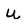
Character: U